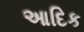
આદિક